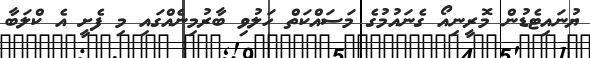
ޔުނައިޓެޑުން މޮރީނިއޯ ގެނައުމުގެ މަސައްކަތް ހަލުވި ބާރުމިނެއްގައި މި ފެށީ އެ ކްލަބާ